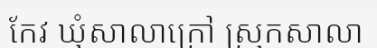
កែវ ឃុំសាលាក្រៅ ស្រុកសាលា